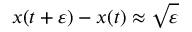
x ( t + \varepsilon ) - x ( t ) \approx { \sqrt { \varepsilon } }